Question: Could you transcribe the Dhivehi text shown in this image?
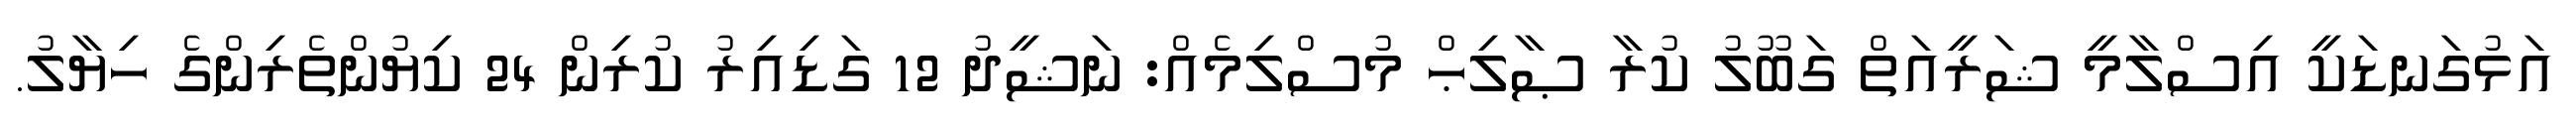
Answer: އަޅުގަނޑަކީ އިސްލާމީ ޝަރީއަތް ގަބޫލު ކުރާ ޞާލިޙް މުސްލިމެއް: ނަޝީދު 12 ގަޑިއިރު ކުރިން 24 ކިޔުންތެރިންގެ ހިޔާލު.